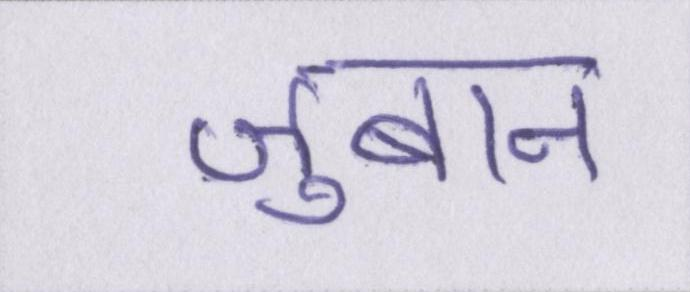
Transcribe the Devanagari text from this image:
ज़ुबान